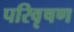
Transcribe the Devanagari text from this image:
परिवृषण